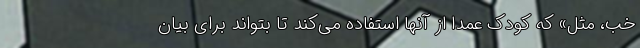
خب، مثل» که کودک عمداً از آنها استفاده می‌کند تا بتواند برای بیان